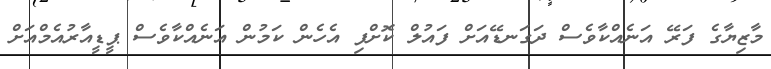
މާޒިޔާގެ ފަރޭ އަނެއްކާވެސް ދަގަނޑޭއަށް ފައުލް ކޮށްފި އެހެން ކަމުން އަނެއްކާވެސް ޕީޑީއާރުއެމްއަށް